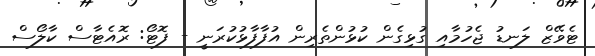
ޓެވޭޒް ލަނޑު ޖެހުމާއި ގުޅިގެން ކުޅުންތެރިން އުފާފާޅުކުރަނީ - ފޮޓޯ: ރޮއެޓާސް ކާލޯސް